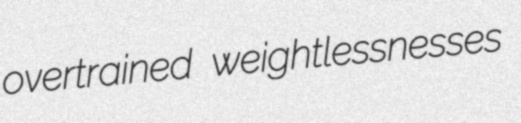
overtrained weightlessnesses